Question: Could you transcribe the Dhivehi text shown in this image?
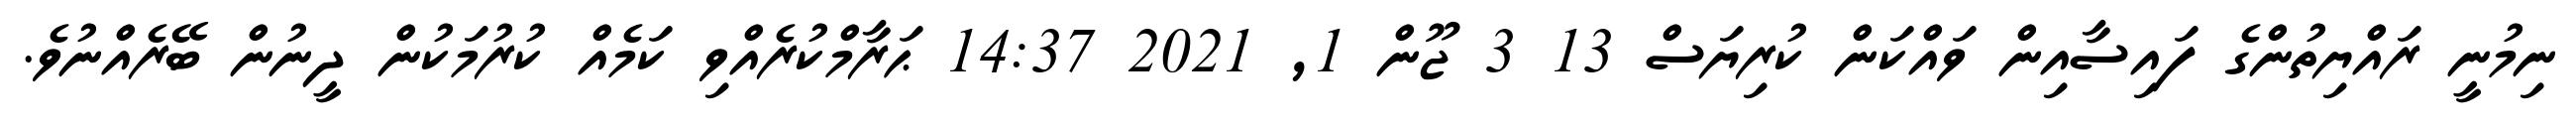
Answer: ނިމުނީ ރައްޔިތުންގެ ފައިސާއިން ވައްކަން ކުރިޔަސް 13 3 ޖޫން 1, 2021 14:37 ޙަރާމްކުރެއްވި ކަމެއް ކުރުމަކުން ދީނުން ބޭރެއްނުވެ.